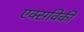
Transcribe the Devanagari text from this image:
एक्सविकी